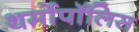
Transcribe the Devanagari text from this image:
थर्मोपॉलिस